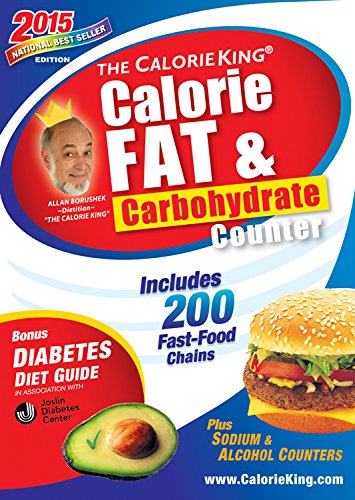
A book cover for The CalorieKing Calorie, Fat & Carbohydrate Counter 2015: Pocket-Size Edition; Allan Borushek; Health, Fitness & Dieting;